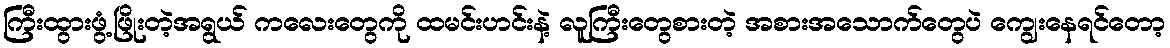
ကြီးထွားဖွံ့ဖြိုးတဲ့အရွယ် ကလေးတွေကို ထမင်းဟင်းနဲ့ လူကြီးတွေစားတဲ့ အစားအသောက်တွေပဲ ကျွေးနေရင်တော့